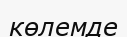
көлемде